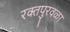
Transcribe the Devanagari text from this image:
रक्तपुरवळा